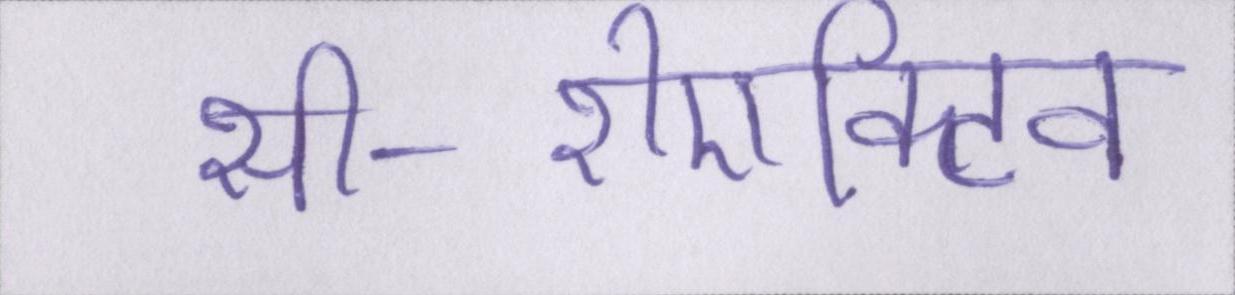
सी-रीएक्टिव